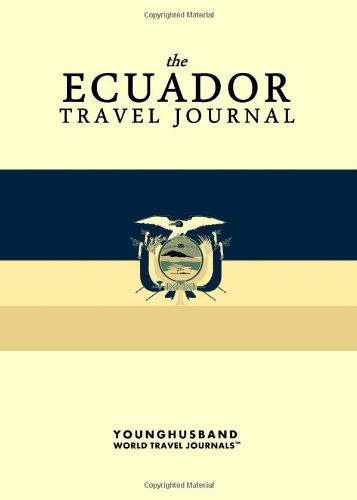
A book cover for The Ecuador Travel Journal; Younghusband World Travel Journals; Travel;